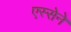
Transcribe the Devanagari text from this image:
एस्सेने